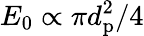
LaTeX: E_{0}\propto\pi d_{\mathrm{p}}^{2}/4